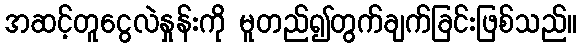
အဆင့်တူငွေလဲနှုန်းကို မူတည်၍တွက်ချက်ခြင်းဖြစ်သည်။